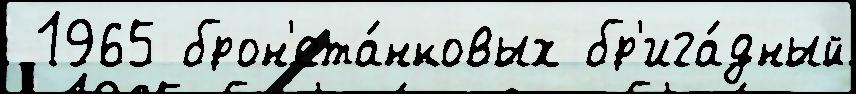
 1965 брон'ета́нковых бр'ига́дный